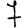
Digit: 7